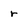
Character: r